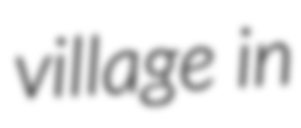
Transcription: village in